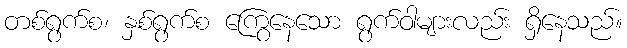
တစ်ရွက်စ၊ နှစ်ရွက်စ ကြွေနေသော ရွက်ဝါများလည်း ရှိနေသည်။